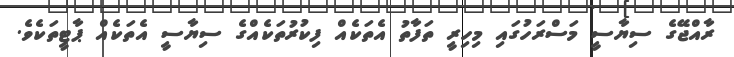
ރާއްޖޭގެ ސިޔާސީ މަސްރަހުގައި މިހިރީ ތަފާތު އެތަކެއް ފިކުރުތަކެއްގެ ސިޔާސީ އެތަކެއް ޕާޓީތަކެވެ.